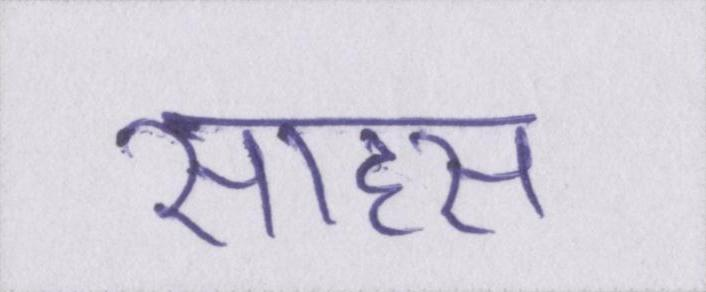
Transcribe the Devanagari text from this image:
साहस